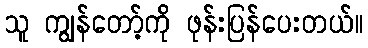
သူ ကျွန်တော့်ကို ဖုန်းပြန်ပေးတယ်။